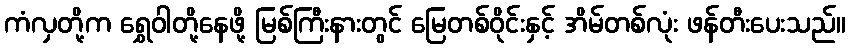
ကံလှတို့က ရွှေဝါတို့နေဖို့ မြစ်ကြီးနားတွင် မြေတစ်ဝိုင်းနှင့် အိမ်တစ်လုံး ဖန်တီးပေးသည်။